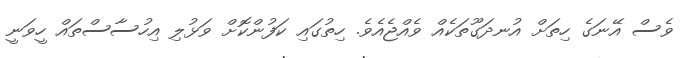
ވެސް އޭނަގެ ހިތަށް އުނދަގޫތަކެއް ވެއްޖެއެވެ. ހިތުގައި ކަފުންކޮށް ވަޅުލި އިހުސާސްތައް ހީވަނީ